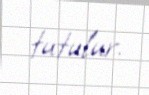
tutulur.